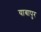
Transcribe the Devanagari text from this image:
याबापुर